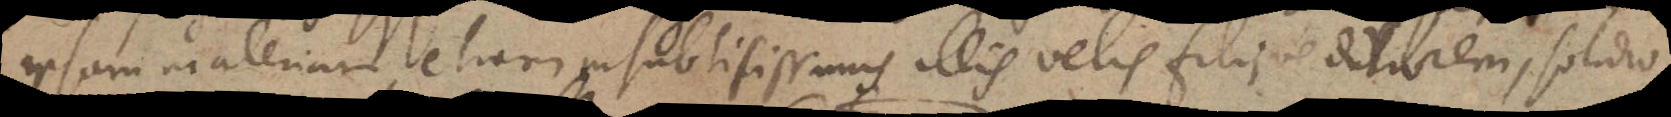
ipsam materiam, etiam insubtilissimis illis velis filisve duriorem, solidio